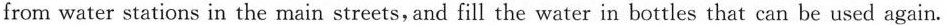
from water stations in the main streets,and fill the water in bottles that can be used again.